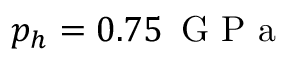
p _ { h } = 0 . 7 5 \, \mathrm { ~ G ~ P ~ a ~ }